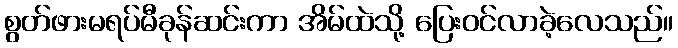
စွတ်ဖားမရပ်မီခုန်ဆင်းကာ အိမ်ထဲသို့ ပြေးဝင်လာခဲ့လေသည်။